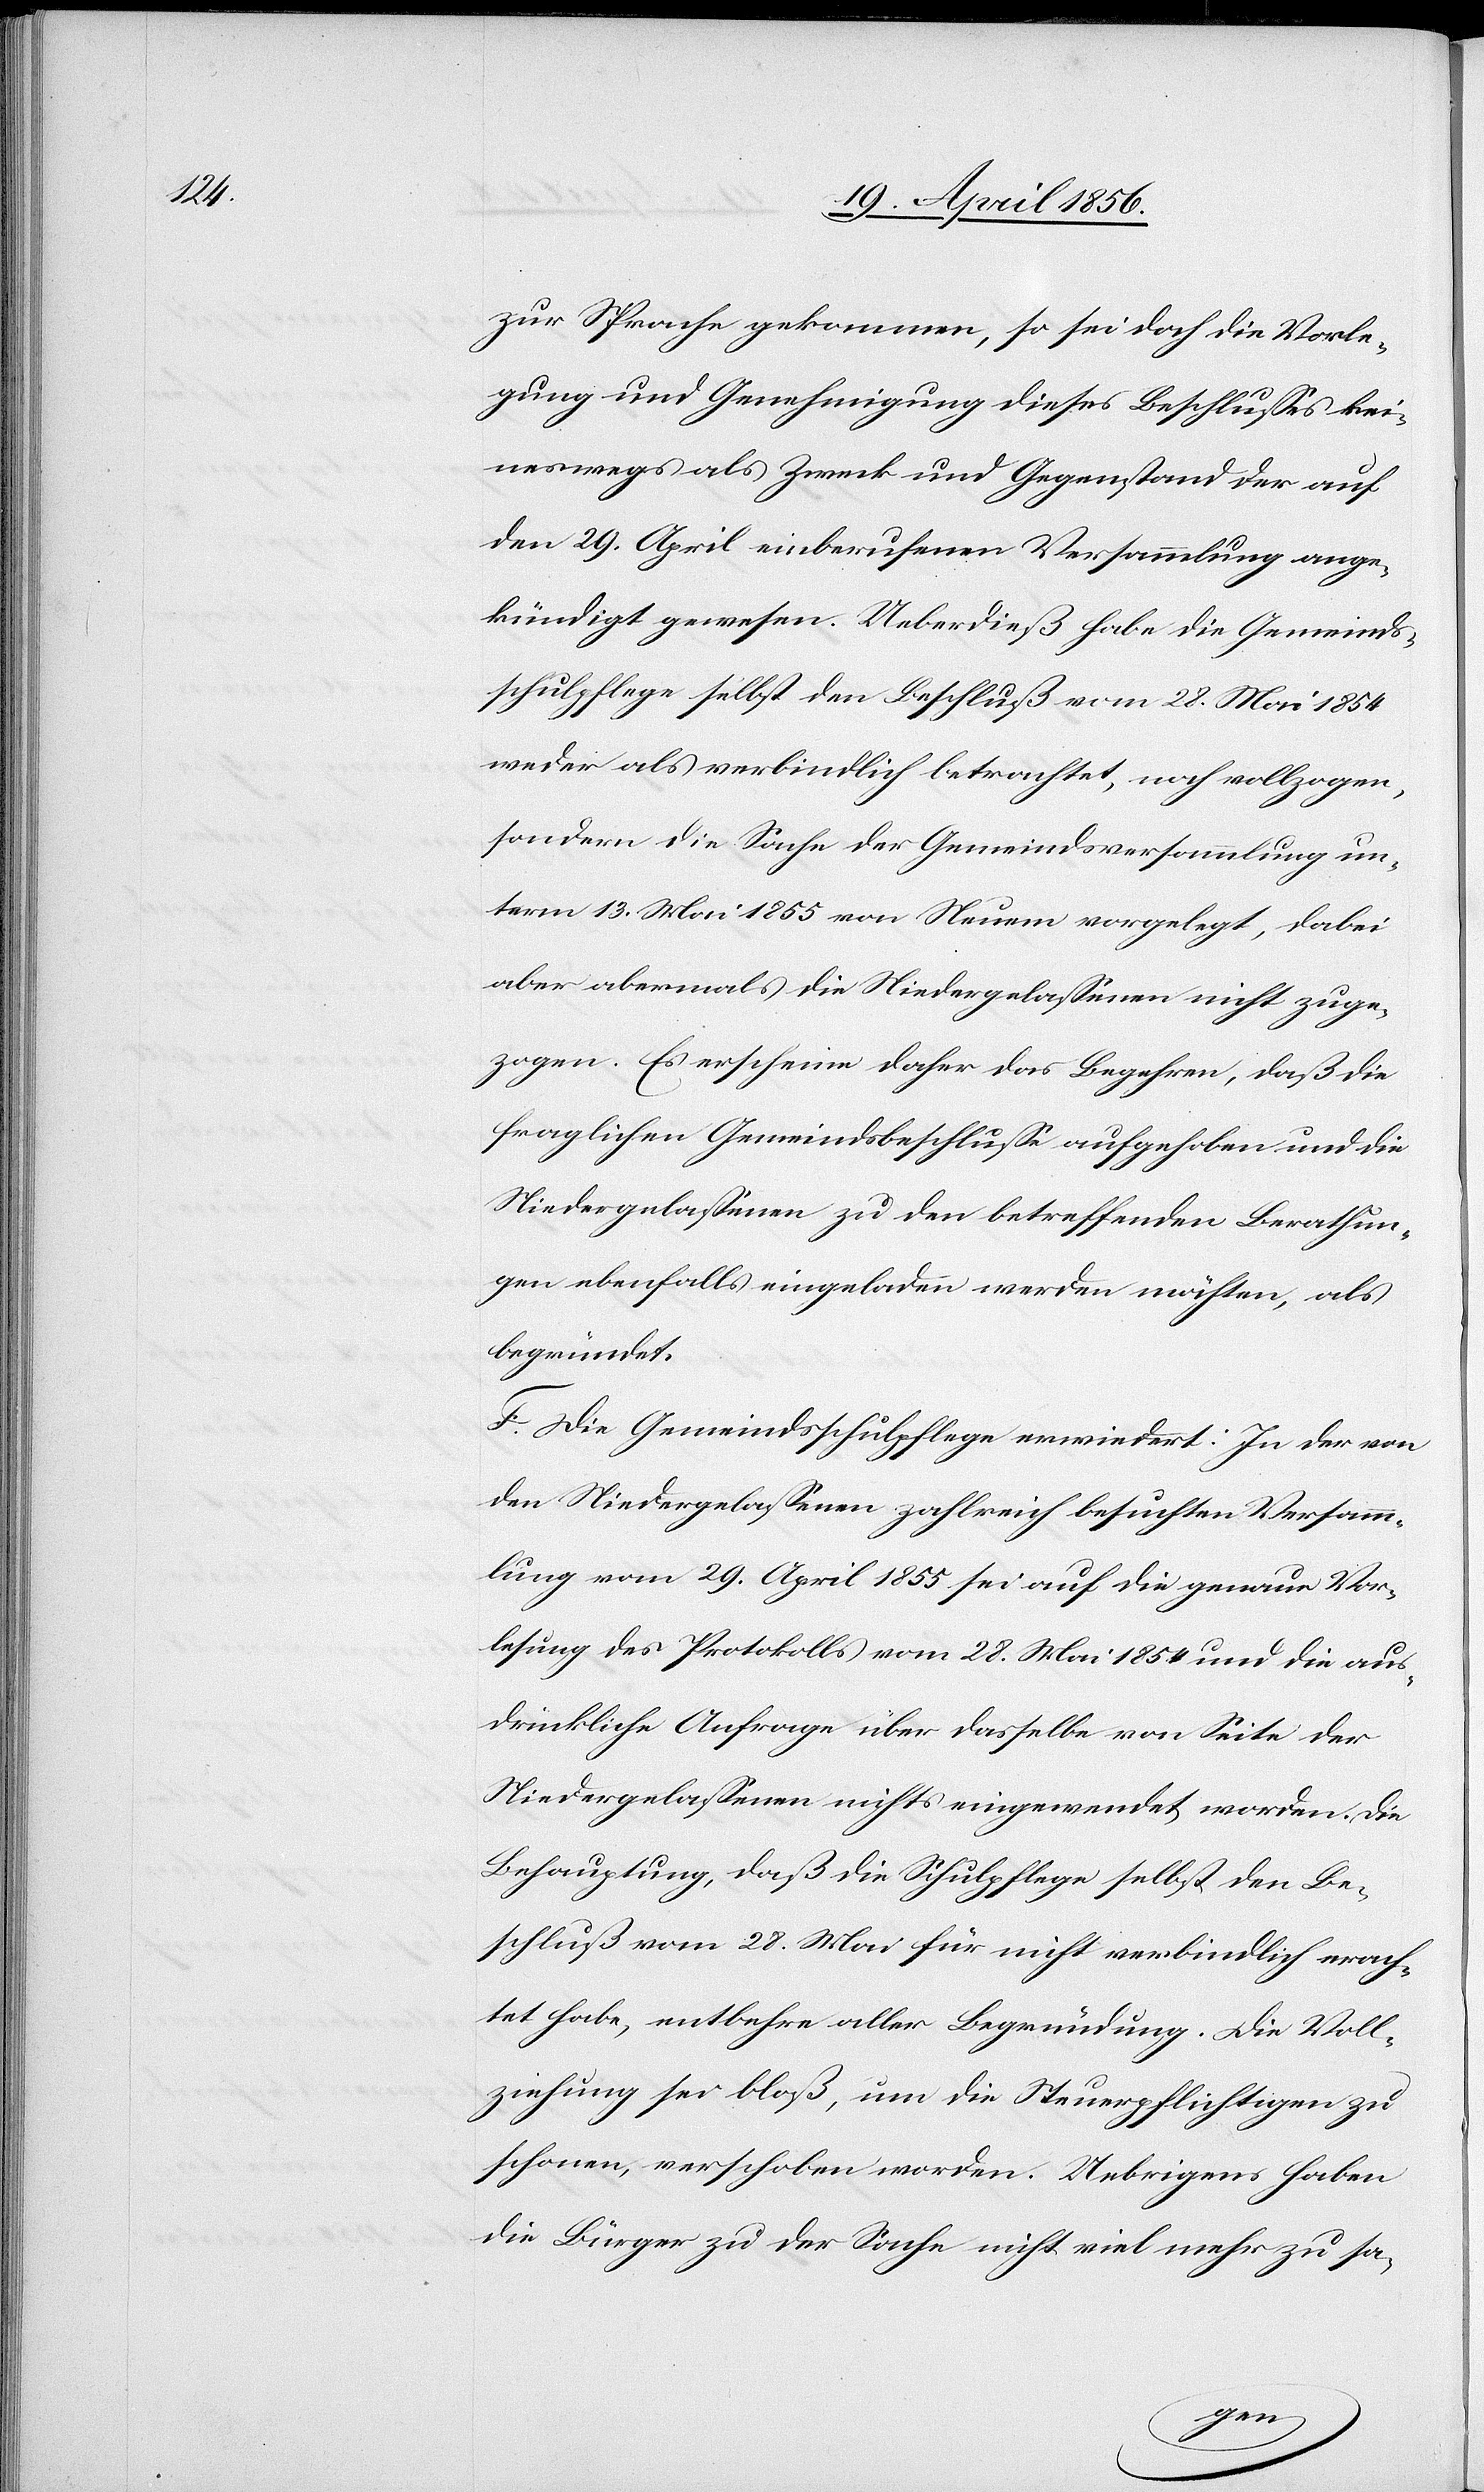
zur Sprache gekommen, so sei doch die Vorle¬
gung und Genehmigung dieses Beschlusses kei¬
neswegs als Zweck und Gegenstand der auf
den 29. April einberufenen Versammlung ange¬
kündigt gewesen. Ueberdieß habe die Gemeinds¬
schulpflege selbst den Beschluß vom 28. Mai 1854
weder als verbindlich betrachtet, noch vollzogen,
sondern die Sache der Gemeindsversammlung un¬
term 13. Mai 1855 von Neuem vorgelegt, dabei
aber abermals die Niedergelassenen nicht zuge¬
zogen. Es erscheine daher das Begehren, daß die
fraglichen Gemeindsbeschlusse aufgehoben und die
Niedergelassenen zu den betreffenden Berathun¬
gen ebenfalls eingeladen werden möchten, als
begründet.
F. Die Gemeindsschulpflege erwiedert: In der von
den Niedergelassenen zahlreich besuchten Versamm¬
lung vom 29. April 1855 sei auf die genaue Vor¬
lesung des Protokolls vom 28. Mai 1854 und die aus¬
drückliche Anfrage über dasselbe von Seite der
Niedergelassenen nichts eingewendet worden. Die
Behauptung, daß die Schulpflege selbst den Be¬
schluß vom 28. Mai für nicht verbindlich erach¬
tet habe, entbehre aller Begründung. Die Voll¬
ziehung sei bloß, um die Steuerpflichtigen zu
schonen, verschoben worden. Uebrigens haben
die Bürger zu der Sache nicht viel mehr zu sa-